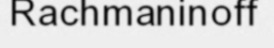
Rachmaninoff